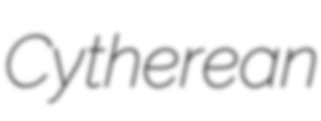
Cytherean